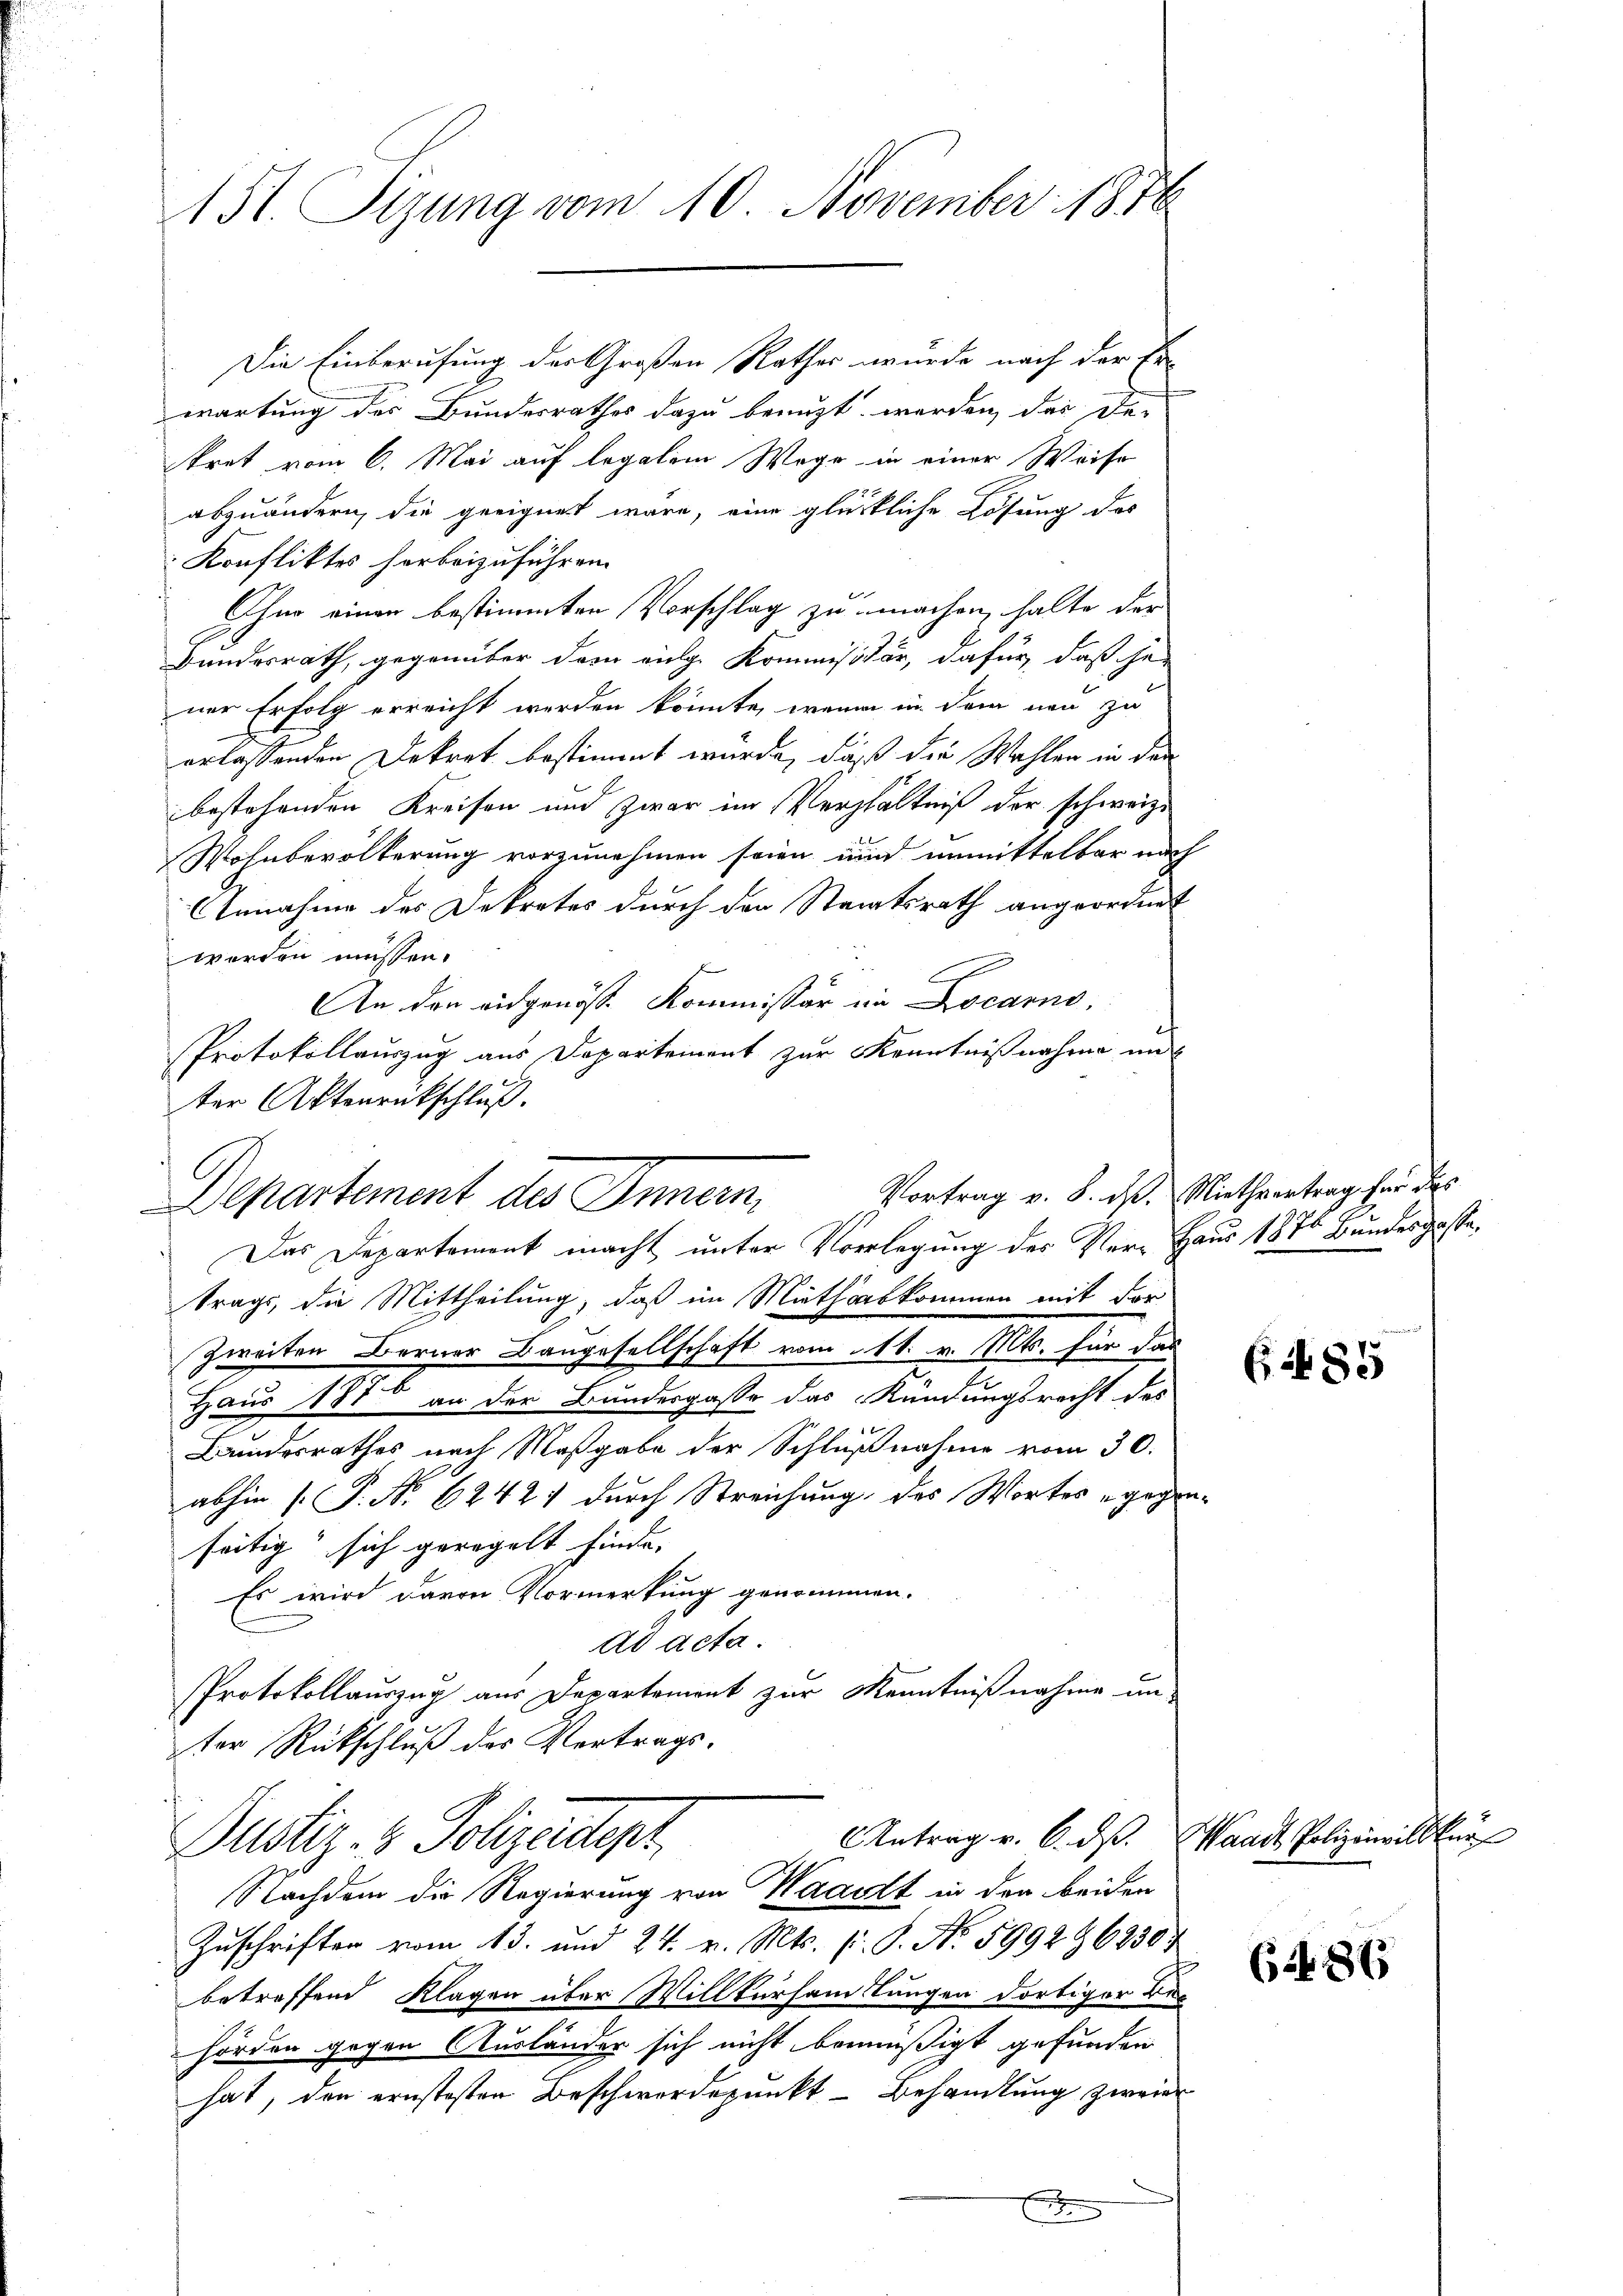
151. Sizung vom 10. November 1876

Die Einberufung der Großen Rathes wurde nach der Er-
wartung des Bundesrathes dazu benuzt werden, der De-
kret vom 6. Mai auf legalem Wege in einer Weise
abzuändern, die geeignet wäre, eine glückliche Lösung des
Konfliktes herbeizuführen.
Ohne einen bestimmten Vorschlag zu machen, halte der
Bundesrath, gegenüber dem einge Kommisidor, dafür, daß her
ner Erfolg erreicht werden könnte, wenn in dem neu zu
erlassenden Dekret bestimmt wurde, daß die Wahlen in den
bestehenden Kreisen und zwar im Verhältniß der schweize
Wohnbevölkerung vorzunehmen seien und unmittelbar nach
Annahme des Dekretes durch den Staaatsrath angeordnet
worden müssen.
An den eidgenösse Kommissär in Locarno,
Protokollauszug aus Departement zur Kenntnißnahme un
ter Aktenrückschluß.
Departement des Innern
Das Departement macht unter Vorlegung des Ver-Haus 1870 Bundesgasse,
trags, die Mittheilung, daß im Mutloskommen mit der
Zweiten Berner Baugesellschaft vom 11. v. Mts. für das
Haus 1886 an der Bundesgasse das Kündungsrecht des
Bundesrathes nach Maßgabe der Schlußnahme vom 30.
abhin [P. Nr. 6242; durch Streichung des Wortes gegen
seitig sich geregelt finde. |
Es wird davon Vormerkung genommen.
ad acta.
Protokollauszug aus Departement zur Kenntnißnahme un-
ter Rückschluß des Vertrags.
Antrag v. 6. ds. Waadt Polizeiwill
Justiz- & Polizeidept.
Nachdem die Regierung von Waadt in den beiden
Zuschriften vom 13. und 24. v. Mts. f. 9. No. 5992 968304
betreffend Klagen über Willkürsamlungen dortiger Be-
hörden gegen Ausländer sich nicht bemüßigt gefunden
hat, den ernstesten Beschwerdepunkt - Behandlung zweier

Vortrag v. 8. d. Miethvertrag her des

x

G.2485

6487

he